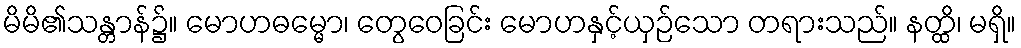
မိမိ၏သန္တာန်၌။ မောဟဓမ္မော၊ တွေဝေခြင်း မောဟနှင့်ယှဉ်သော တရားသည်။ နတ္ထိ၊ မရှိ။